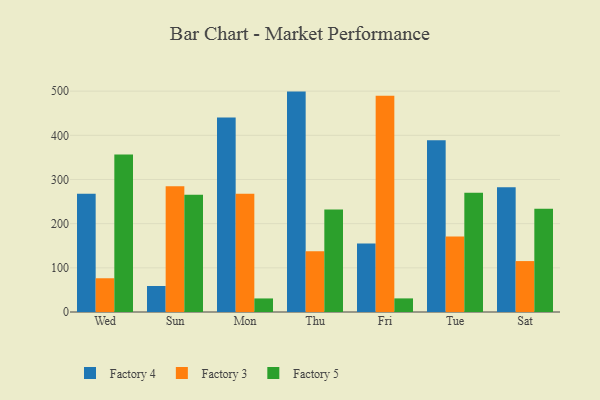
{"axis": {"x": "Day", "y": "LTV (USD)"}, "legend": ["Factory 3", "Factory 4", "Factory 5"], "data": [{"x": "Wed", "y": 267.6, "type": "Factory 4"}, {"x": "Wed", "y": 76.4, "type": "Factory 3"}, {"x": "Wed", "y": 356.4, "type": "Factory 5"}, {"x": "Sun", "y": 58.9, "type": "Factory 4"}, {"x": "Sun", "y": 284.7, "type": "Factory 3"}, {"x": "Sun", "y": 265.4, "type": "Factory 5"}, {"x": "Mon", "y": 440.4, "type": "Factory 4"}, {"x": "Mon", "y": 267.6, "type": "Factory 3"}, {"x": "Mon", "y": 30.7, "type": "Factory 5"}, {"x": "Thu", "y": 499.0, "type": "Factory 4"}, {"x": "Thu", "y": 137.5, "type": "Factory 3"}, {"x": "Thu", "y": 231.8, "type": "Factory 5"}, {"x": "Fri", "y": 155.3, "type": "Factory 4"}, {"x": "Fri", "y": 489.6, "type": "Factory 3"}, {"x": "Fri", "y": 30.8, "type": "Factory 5"}, {"x": "Tue", "y": 388.8, "type": "Factory 4"}, {"x": "Tue", "y": 171.1, "type": "Factory 3"}, {"x": "Tue", "y": 270.0, "type": "Factory 5"}, {"x": "Sat", "y": 282.6, "type": "Factory 4"}, {"x": "Sat", "y": 115.3, "type": "Factory 3"}, {"x": "Sat", "y": 233.5, "type": "Factory 5"}]}